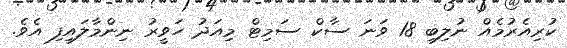
ކުރިއެރުމެއް ނުލިބި 18 ވަނަ ސާކް ސަމިޓް މިއަދު ހަވީރު ނިންމާލައިފި އެވެ.